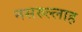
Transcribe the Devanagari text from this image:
नसरुल्लाह